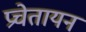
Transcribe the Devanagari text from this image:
प्रचेतायन